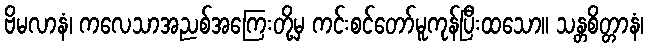
ဗိမလာနံ၊ ကလေသာအညစ်အကြေးတို့မှ ကင်းစင်တော်မူကုန်ပြီးထသော။ သန္တစိတ္တာနံ၊